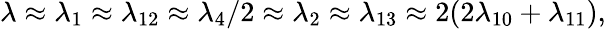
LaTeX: \lambda\approx\lambda_{1}\approx\lambda_{12}\approx\lambda_{4}/2\approx\lambda_{2}\approx\lambda_{13}\approx 2(2\lambda_{10}+\lambda_{11}),